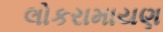
લોકરામાયણ